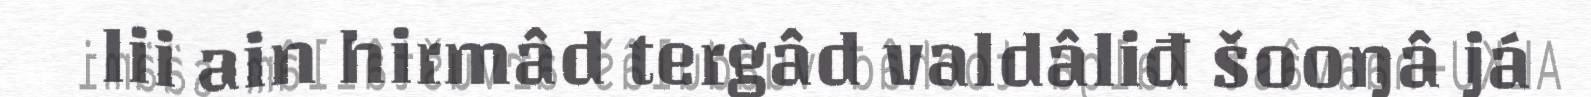
lii ain hirmâd tergâd valdâliđ šooŋâ já